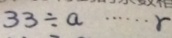
3 3 \div a \cdots r